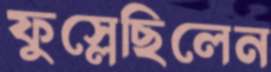
ফুস্‌লেছিলেন